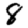
Digit: 8